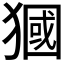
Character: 𤡓